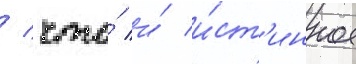
/ что́ и́ и́ст'инное